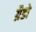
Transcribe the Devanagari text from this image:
ग्रैडो